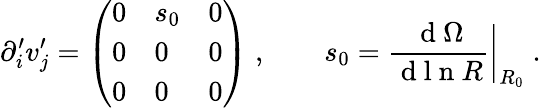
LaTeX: \partial_{i}^{\prime}v_{j}^{\prime}=\left(\begin{array}{lll}{0}&{s_{0}}&{0}\\ {0}&{0}&{0}\\ {0}&{0}&{0}\end{array}\right)\; ,\qquad s_{0}=\frac{\mathrm{~d~}{\Omega}}{\mathrm{~d~l~n~}R}\bigg|_{R_{0}}\; .